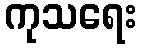
ကုသရေး